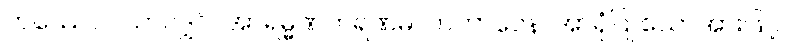
တဿေဝ ၊ သာလျှင်။ အာရမ္မဏကရဏမလာဘာဝေန၊ အာရုံပြု သောအားဖြင့်။